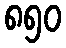
၈၅၀